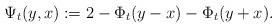
LaTeX: \begin{align*}\Psi_t(y,x):= 2-\Phi_t(y-x)-\Phi_t(y+x).\end{align*}